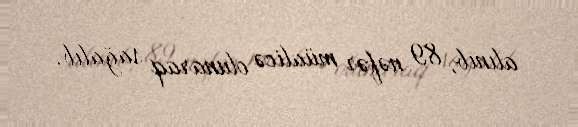
alınıb, 89 nəfər müalicə olunaraq sağalıb.